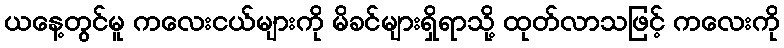
ယနေ့တွင်မူ ကလေးငယ်များကို မိခင်များရှိရာသို့ ထုတ်လာသဖြင့် ကလေးကို